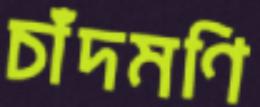
চাঁদমণি